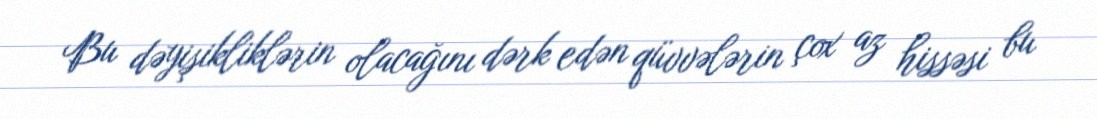
Bu dəyişikliklərin olacağını dərk edən qüvvələrin çox az hissəsi bu